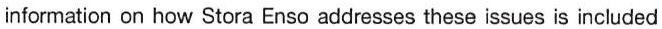
information on how Stora Enso addresses these issues is included